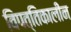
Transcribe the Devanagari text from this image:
विपत्तिकालीन